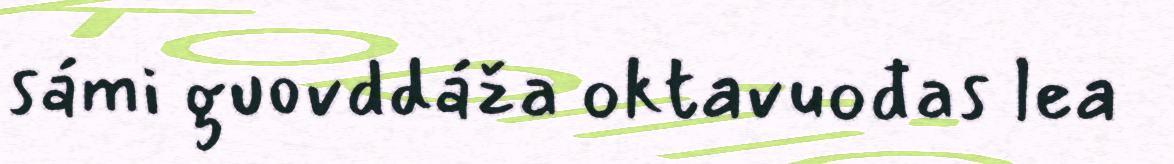
sámi guovddáža oktavuođas lea